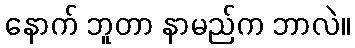
နောက် ဘူတာ နာမည်က ဘာလဲ။